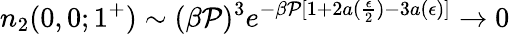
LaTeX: n_{2}(0,0;1^{+})\sim(\beta\mathcal{P})^{3}e^{-\beta\mathcal{P}[1+2a(\frac{{\epsilon}}{{2}})-3a(\epsilon)]}\to0